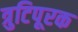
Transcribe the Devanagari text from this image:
त्रुटिपूरक